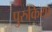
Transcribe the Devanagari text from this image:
पुरुकिया